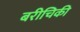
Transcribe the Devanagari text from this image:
बरीचिकी